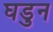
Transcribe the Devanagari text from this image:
घडुन